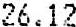
26.12